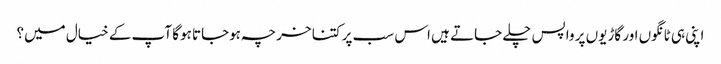
اپنی ہی ٹانگوں اور گاڑیوں پر واپس چلے جاتے ہیں اس سب پر کتنا خرچہ ہوجاتا ہوگا آپ کے خیال میں؟